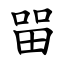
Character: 㽞